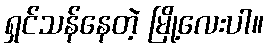
ရှင်သန်နေတဲ့ မြို့လေးပါ။